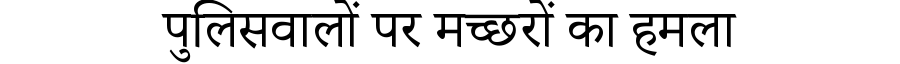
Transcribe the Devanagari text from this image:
पुलिसवालों पर मच्छरों का हमला